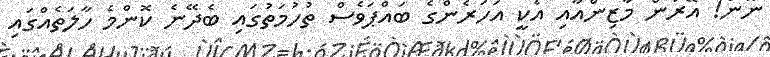
ނޫން! އޭރުން މާޒިންއާއި އެކީ އަހަރެންގެ ބައްޕަވެސް ތުހުމަތުގައި ބެދޭނެ ކޮންމެ ހާލަތެއްގައި